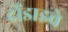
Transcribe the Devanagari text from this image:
दोंडाइचे